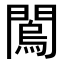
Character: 𨶇